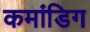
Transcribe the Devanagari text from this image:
कमांडिग